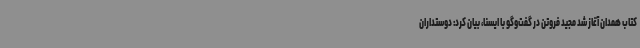
کتاب همدان آغاز شد مجید فروتن در گفت‌وگو با ایسنا، بیان کرد: دوستداران